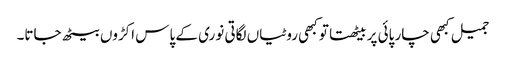
جمیل کبھی چار پائی پر بیٹھتا تو کبھی روٹیاں لگاتی نوری کے پاس اکڑوں بیٹھ جاتا۔